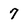
Character: 7